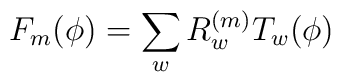
F_{m}(\phi) = \sum_{w} R^{(m)}_{w} T_{w}(\phi)